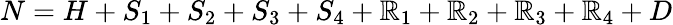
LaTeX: N=H+S_{1}+S_{2}+S_{3}+S_{4}+\mathbb{R}_{1}+\mathbb{R}_{2}+\mathbb{R}_{3}+\mathbb{R}_{4}+D